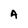
Character: A